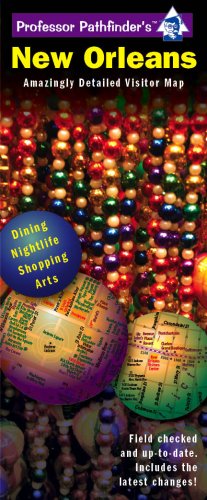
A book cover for New Orleans; Hedberg Maps; Travel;